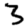
Digit: 3